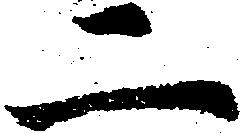
二